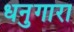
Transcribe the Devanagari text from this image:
धनुगारा